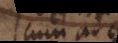
cum ad